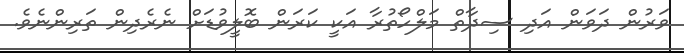
ވަރުން ދަވަން އަދި ސިދާތް މަލްހޯތުރާ އަކީ ކަރަން ބޮލީވުޑަށް ނެރެދިން ތަރިންނެވެ.